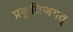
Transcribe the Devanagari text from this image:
प्रकृतिजगत्‌